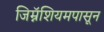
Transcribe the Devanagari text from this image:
जिम्नॅशियमपासून